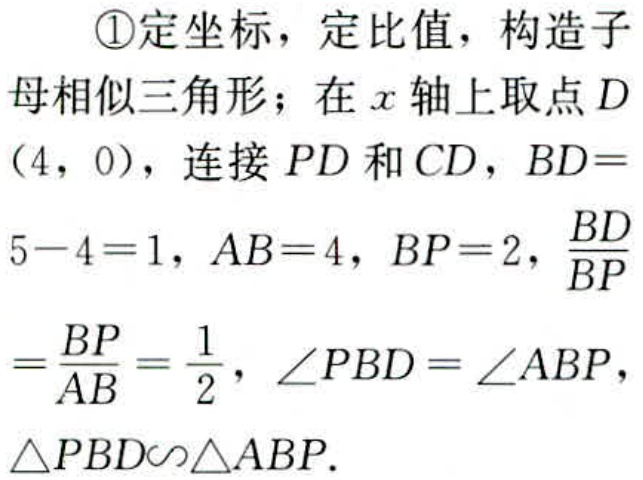
\textcircled{1}定坐标，定比值，构造子母相似三角形；在\(x\)轴上取点\(D(4, 0)\)，连接\(PD\)和\(CD\)，\(BD = 5 - 4 = 1\)，\(AB = 4\)，\(BP = 2\)，\(\frac{BD}{BP}=\frac{BP}{AB}=\frac{1}{2}\)，\(\angle PBD=\angle ABP\)，\(\triangle PBD\sim\triangle ABP\)。